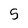
Character: 5